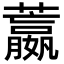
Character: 䕦